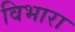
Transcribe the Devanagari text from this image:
विभारा